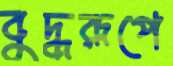
বুদ্ধরূপে